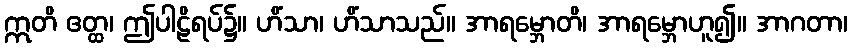
ဣတိ ဧတ္ထ၊ ဤပါဠိရပ်၌။ ဟိံသာ၊ ဟိံသာသည်။ အာရမ္ဘောတိ၊ အာရမ္ဘောဟူ၍။ အာဂတာ၊